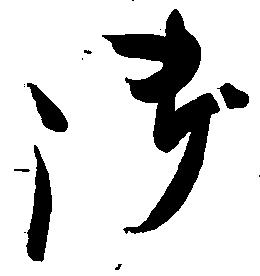
御